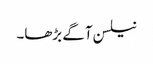
نیلسن آگے بڑھا۔